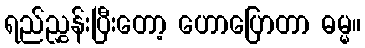
ရည်ညွှန်းပြီးတော့ ဟောပြောတာ ဓမ္မ။